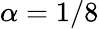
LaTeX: \alpha=1/8